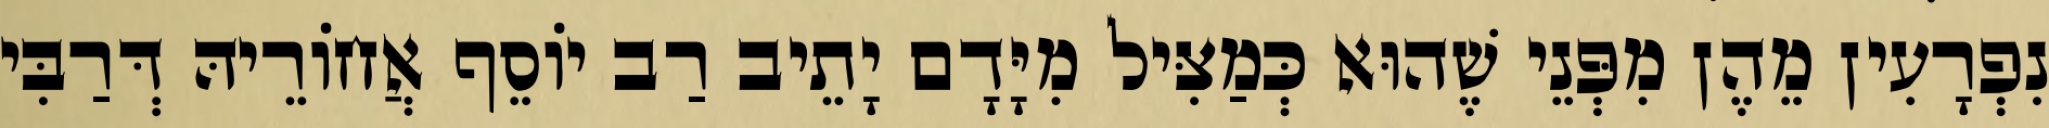
נִפְרָעִין מֵהֶן מִפְּנֵי שֶׁהוּא כְּמַצִּיל מִיָּדָם יָתֵיב רַב יוֹסֵף אֲחוֹרֵיהּ דְּרַבִּי